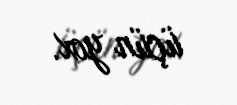
üçün yox.